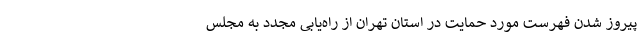
پیروز شدن فهرست مورد حمایت در استان تهران از راه‌یابی مجدد به مجلس